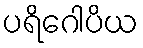
ပရိဂေါပိယ